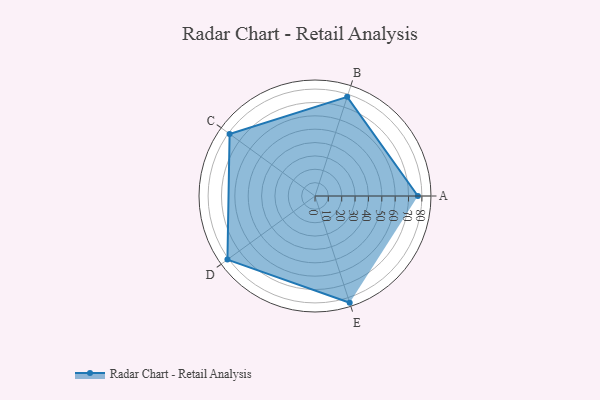
{"axis": {"x": "Skill", "y": "Score"}, "legend": ["Profile"], "data": [{"x": "A", "y": 77.0, "type": "Profile"}, {"x": "B", "y": 78.0, "type": "Profile"}, {"x": "C", "y": 79.0, "type": "Profile"}, {"x": "D", "y": 81.0, "type": "Profile"}, {"x": "E", "y": 84.0, "type": "Profile"}]}